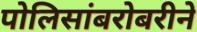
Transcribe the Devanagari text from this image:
पोलिसांबरोबरीने